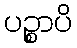
ပဉ္စာပိ